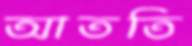
আততি